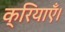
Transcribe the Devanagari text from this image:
क्रियाएँ।